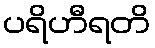
ပရိဟီရတိ